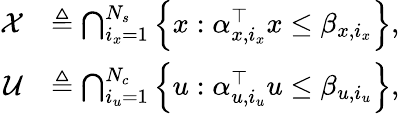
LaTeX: \begin{array}{rl}{\mathcal{X}}&{\triangleq\bigcap_{i_{x}=1}^{N_{s}}\left\{ x:\alpha_{x,i_{x}}^{\top}x\leq\beta_{x,i_{x}}\right\} ,}\\ {\mathcal{U}}&{\triangleq\bigcap_{i_{u}=1}^{N_{c}}\left\{ u:\alpha_{u,i_{u}}^{\top}u\leq\beta_{u,i_{u}}\right\} ,}\end{array}